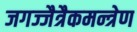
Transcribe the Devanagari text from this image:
जगज्जैत्रैकमन्त्रेण